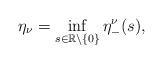
LaTeX: \begin{align*} \eta_\nu =\inf_{s \in\mathbb R\setminus\{0\}}\eta_-^\nu(s),\end{align*}